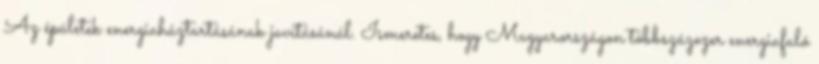
Az épületek energiaháztartásának javításánál. Ismeretes, hogy Magyarországon többszázezer energiafaló